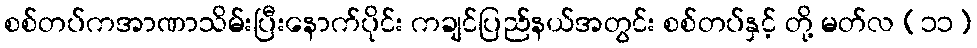
စစ်တပ်ကအာဏာသိမ်းပြီးနောက်ပိုင်း ကချင်ပြည်နယ်အတွင်း စစ်တပ်နှင့် တို့ မတ်လ (၁၁)